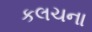
કલચના